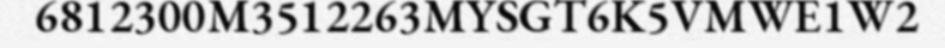
6812300M3512263MYSGT6K5VMWE1W2